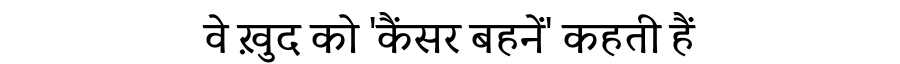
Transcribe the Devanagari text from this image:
वे ख़ुद को 'कैंसर बहनें' कहती हैं